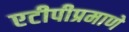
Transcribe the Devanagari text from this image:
एटीपीप्रमाणे